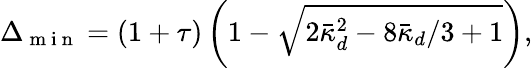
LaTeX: \Delta_{\mathrm{~m~i~n~}}=(1+\tau)\left(1-\sqrt{2\bar{\kappa}_{d}^{2}-8\bar{\kappa}_{d}/3+1}\right),